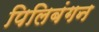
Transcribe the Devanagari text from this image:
पिलिबंगन